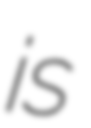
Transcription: is